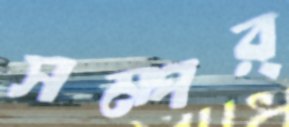
সম্পর্